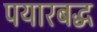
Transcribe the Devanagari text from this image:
पयारबद्ध